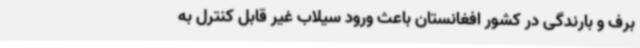
برف و بارندگی در کشور افغانستان باعث ورود سیلاب غیر قابل کنترل به